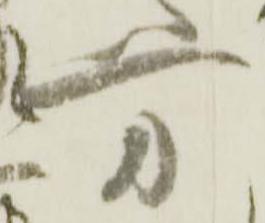
方